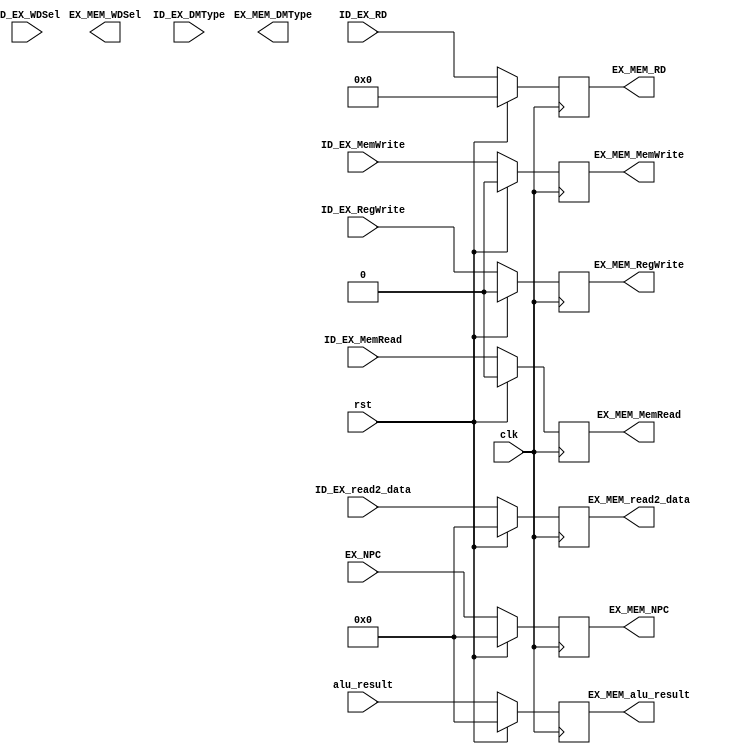
module EX_MEM_REF(
    // system signs
    input clk,
    input rst,

    // EX/MEM signs
    input [31:0] EX_NPC,
    input [31:0] alu_result,
    input [31:0] ID_EX_read2_data,//mem
    input [4:0] ID_EX_RD,

    output reg [31:0]EX_MEM_NPC,
    output reg [31:0]EX_MEM_alu_result,
    output reg [31:0] EX_MEM_read2_data,
    output reg [4:0] EX_MEM_RD,

    //WB 
    input       ID_EX_RegWrite, // control signal for register write
    input  [2:0]     ID_EX_WDSel,
    output reg  EX_MEM_RegWrite,
    output reg [2:0] EX_MEM_WDSel,
    //MEM 
    input  [2:0] ID_EX_DMType,
    input       ID_EX_MemRead,  // control signal for memory read
    input       ID_EX_MemWrite, // control signal for memory write
    output reg [2:0] EX_MEM_DMType,
    output reg  EX_MEM_MemRead,
    output reg  EX_MEM_MemWrite
    );

    always @(posedge clk) begin
       if(rst)begin
           EX_MEM_NPC <= 0;
           EX_MEM_alu_result <= 0;
           EX_MEM_read2_data <= 0;
           EX_MEM_RD <= 0;
           EX_MEM_RegWrite <= 0;
           EX_MEM_MemWrite <= 0;
           EX_MEM_MemRead <= 0;
       end
       else begin
           EX_MEM_NPC <= EX_NPC;
           EX_MEM_alu_result <= alu_result;
           EX_MEM_read2_data <= ID_EX_read2_data;
           EX_MEM_RD <= ID_EX_RD;
           EX_MEM_RegWrite <= ID_EX_RegWrite;
           EX_MEM_MemWrite <= ID_EX_MemWrite;
           EX_MEM_MemRead <= ID_EX_MemRead;
       end
    end

endmodule